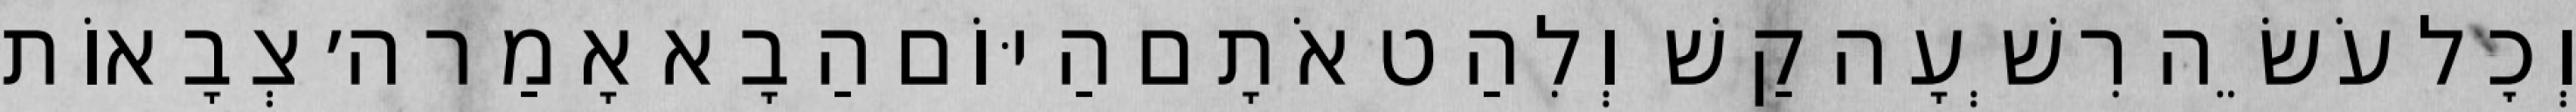
וְכׇל עֹשֵׂה רִשְׁעָה קַשׁ וְלִהַט אֹתָם הַיּוֹם הַבָא אָמַר ה׳ צְבָאוֹת